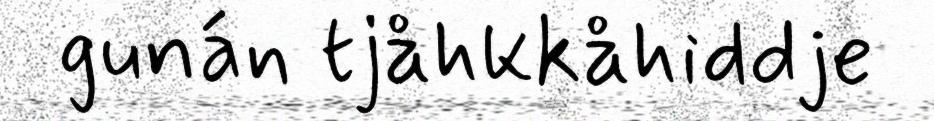
gunán tjåhkkåhiddje